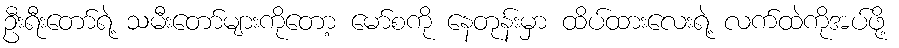
ဦးရီးတော်ရဲ့ သမီးတော်များကိုတော့ မော်စကို နေတုန်းမှာ ထိပ်ထားလေးရဲ့ လက်ထဲကိုအပ်ဖို့